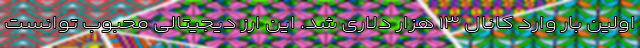
اولین بار وارد کانال ۱۳ هزار دلاری شد. این ارز دیجیتالی محبوب توانست